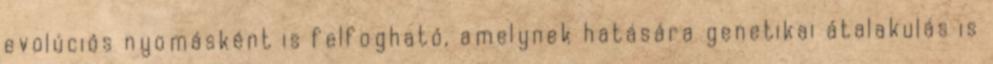
evolúciós nyomásként is felfogható, amelynek hatására genetikai átalakulás is